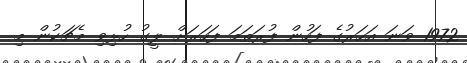
1972 ވަނަ އަހަރުގެ ފަހުން ފުރަތަމަ ފަހަރަށް ލީގު ހުޅިވި މެޗަކުން މި